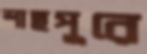
শাহপুরে